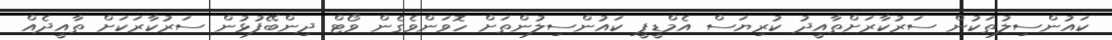
ކައުންސިލުތަކުން ސަރުކާރަށްތާއީދު ކުރިޔަސް އެމްޑީޕީ ކައުންސިލުންތަށް ހޮވަންވެގެން ވޯޓް ދިންބޭފުޅުން ސަރުކާރަކަށް ތާއީދެއް